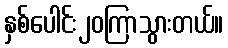
နှစ်ပေါင်း၂၀ကြာသွားတယ်။